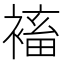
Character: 䙒